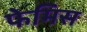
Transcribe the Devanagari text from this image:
फेमिस